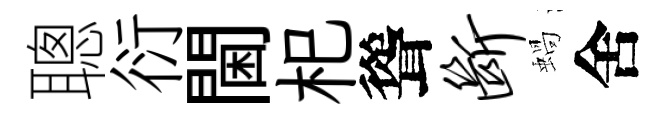
聰衍閫𣏌聳断蝸舍